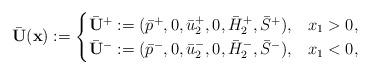
LaTeX: \begin{align*}\bar{\mathbf{U}}(\mathbf{x}):=\begin{cases}\bar{\mathbf{U}}^+:=(\bar{p}^+,0,\bar{u}^+_2,0,\bar{H}^+_2,\bar{S}^+), & x_1>0,\\\bar{\mathbf{U}}^-:=(\bar{p}^-,0,\bar{u}^-_2,0,\bar{H}^-_2,\bar{S}^-), & x_1<0,\\\end{cases}\end{align*}